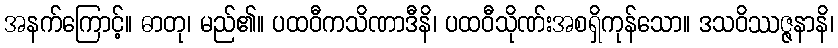
အနက်ကြောင့်။ ဓာတု၊ မည်၏။ ပထဝီကသိဏာဒီနိ၊ ပထဝီသိုဏ်းအစရှိကုန်သော။ ဒသဝိဿဇ္ဇနာနိ၊